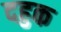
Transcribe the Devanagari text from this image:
दहुक